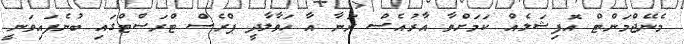
މެނޭޖްމަންޓް އޮފިޝަލެއް ކަމަށްވާ އާރުއެސް ރަނާ އާ ހަވާލާދީ ޕްރެސް ޓްރަސްޓްގައި ބުނެފައިވަނީ